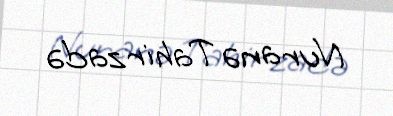
Nuranə Tahirzadə